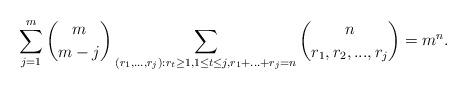
LaTeX: \begin{align*}\sum_{j=1}^m \binom{m}{m-j}\sum_{(r_1,...,r_j): r_t\ge 1, 1\le t\le j,r_1+...+r_j=n} \binom{n}{r_1, r_2, ... ,r_j}=m^n.\end{align*}